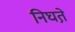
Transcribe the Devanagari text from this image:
निघत़े